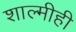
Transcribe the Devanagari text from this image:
शाल्मीही